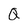
Character: Q